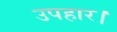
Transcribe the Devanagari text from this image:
उपहार।